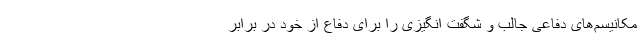
مکانیسم‌های دفاعی جالب و شگفت انگیزی را برای دفاع از خود در برابر